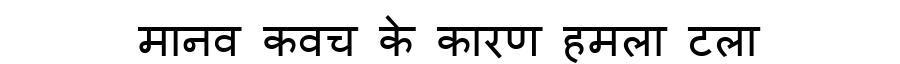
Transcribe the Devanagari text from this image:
मानव कवच के कारण हमला टला